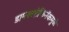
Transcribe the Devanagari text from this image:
डायक्लोफिनॅकमुळे